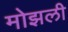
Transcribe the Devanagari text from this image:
मोझली